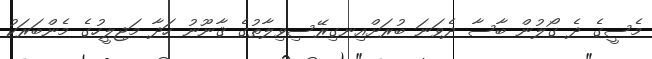
މެސީގެ ދެ ގޯލުން ބާސާ ދެވަނަ ބުރަށްއިނގިރޭސިވިލާތުގެ ޤާނޫނު ހަދާ މަޖިލީހުގެ މެންބަރަކު